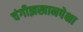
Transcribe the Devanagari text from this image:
चंगीझखानपेक्षा